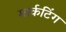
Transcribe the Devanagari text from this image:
मार्कटिंग